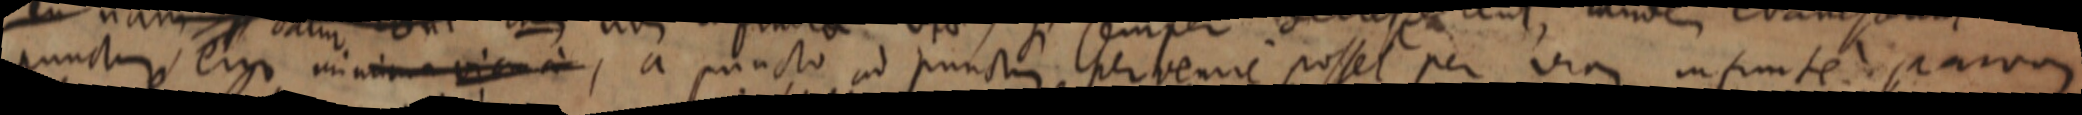
punctum, ergo minima viam a, a puncto ad punctum pervenire poset per via infinite _